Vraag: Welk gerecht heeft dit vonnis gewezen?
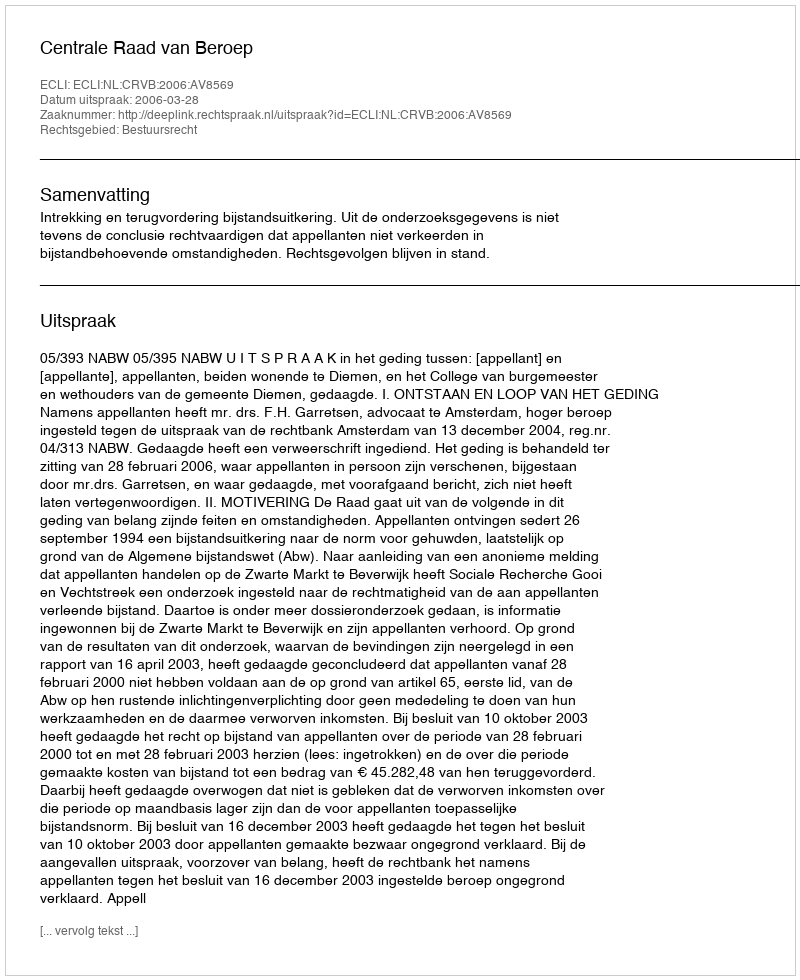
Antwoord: Centrale Raad van Beroep